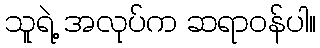
သူရဲ့ အလုပ်က ဆရာဝန်ပါ။